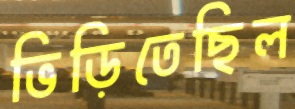
ভিড়িতেছিল